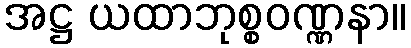
အဋ္ဌ ယထာဘုစ္စဝဏ္ဏနာ။